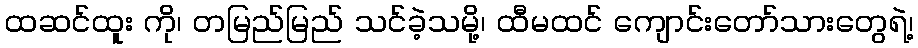
ထဆင်ထူး ကို၊ တမြည်မြည် သင်ခဲ့သမို့၊ ထီမထင် ကျောင်းတော်သားတွေရဲ့၊